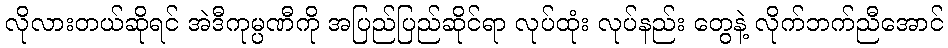
လိုလားတယ်ဆိုရင် အဲဒီကုမ္ပဏီကို အပြည်ပြည်ဆိုင်ရာ လုပ်ထုံး လုပ်နည်း တွေနဲ့ လိုက်ဘက်ညီအောင်